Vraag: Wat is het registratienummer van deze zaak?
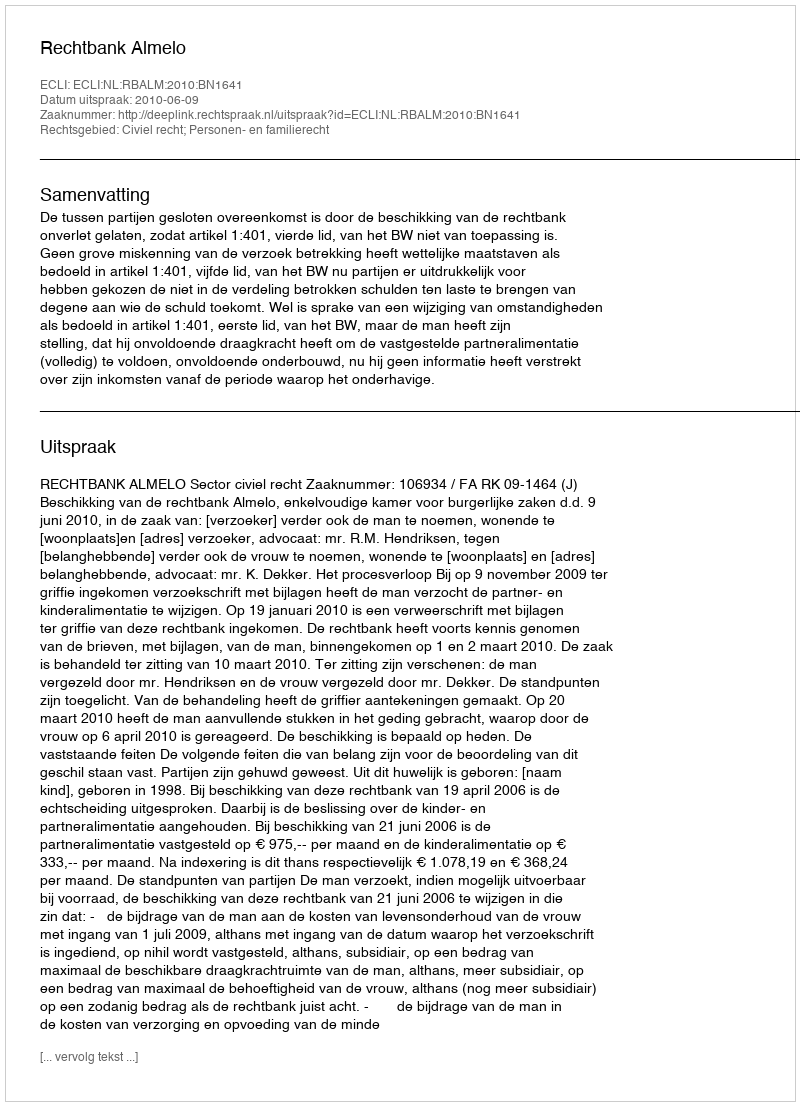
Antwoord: http://deeplink.rechtspraak.nl/uitspraak?id=ECLI:NL:RBALM:2010:BN1641